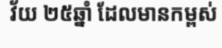
វ័យ ២៥ឆ្នាំ ដែលមានកម្ពស់